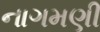
નાગમણી